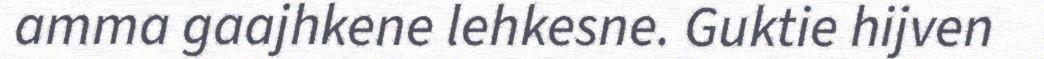
amma gaajhkene lehkesne. Guktie hijven